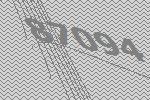
87094